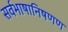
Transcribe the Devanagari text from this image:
सर्वभाषानिषणण